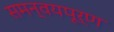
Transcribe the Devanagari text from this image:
समन्वयपूर्ण